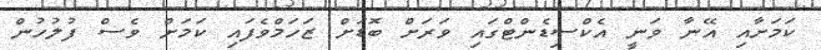
ކަމަށާއި އޭނާ ވަނީ އެކްސިޑެންޓްގައި ވަރަށް ބޮޑަށް ޒަހަމްވެފައި ކަމަށް ވެސް ފުލުހުން